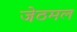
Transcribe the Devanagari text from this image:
जेठमल